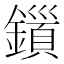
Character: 𮣍